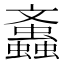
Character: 䘇